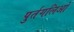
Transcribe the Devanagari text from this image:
पुर्तगलिओ